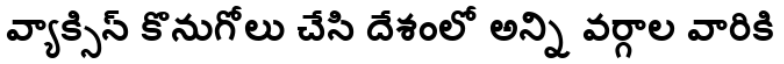
వ్యాక్సిన్ కొనుగోలు చేసి దేశంలో అన్ని వర్గాల వారికి